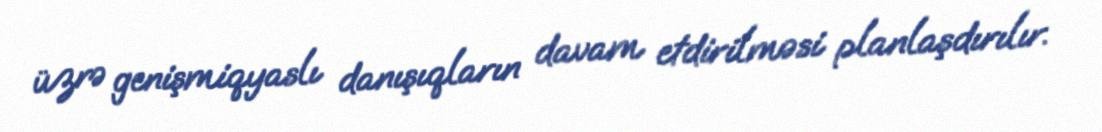
üzrə genişmiqyaslı danışıqların davam etdirilməsi planlaşdırılır.